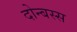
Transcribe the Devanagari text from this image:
दोन्बस्स